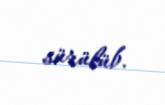
sürülüb.